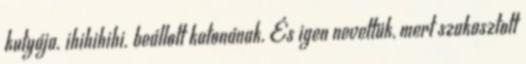
kutyája. ihihihihi. beállott katonának. És igen nevettük, mert szakasztott